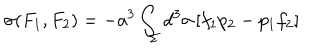
\sigma ( F _ { 1 } , F _ { 2 } ) = - a ^ { 3 } \int _ { \Sigma } d ^ { 3 } \sigma \, [ f _ { 1 } p _ { 2 } - p _ { 1 } f _ { 2 } ]